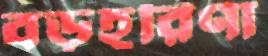
বড়হরিণা